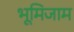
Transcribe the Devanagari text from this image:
भूमिजाम